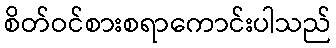
စိတ်ဝင်စားစရာကောင်းပါသည်